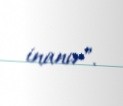
inanır”.